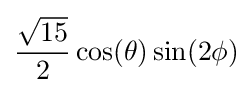
{\frac {\sqrt {15}}{2}}\cos(\theta )\sin(2\phi )